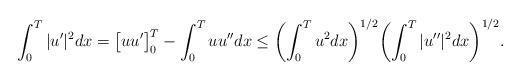
LaTeX: \begin{align*}\int_0^T |u'|^2 dx = \bigl[u u'\bigr]_0^T- \int_0^T u u'' dx \le \biggl(\int_0^T u^2 dx \biggr)^{1/2} \biggl(\int_0^T |u''|^2 dx \biggr)^{1/2}.\end{align*}